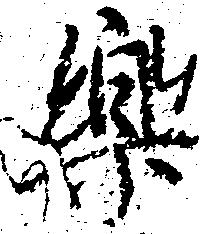
楽